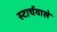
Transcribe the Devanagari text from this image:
स्टार्चवाले